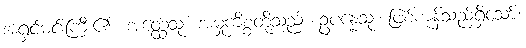
အရှင်မင်းကြီး၏။ အတ္ထေသု၊ အမှုကိစ္စတို့သည်။ ဥပန္နေသု၊ ဖြစ်ကုန်သည်ရှိသော်။